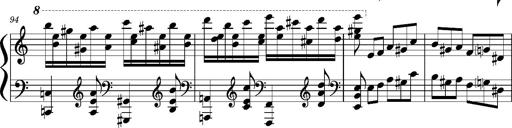
Title: Concerto sans orchestre, S.524a
Composer: Franz Liszt
Key: A major